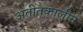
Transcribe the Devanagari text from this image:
अतीतकालीन